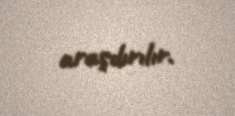
araşdırılır.